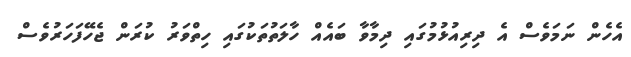
އެހެން ނަމަވެސް އެ ދިރިއުޅުމުގައި ދިމާވާ ބައެއް ހާލަތުތަކުގައި ހިތްވަރު ކުރަން ޖެހޭފަހަރުވެސް